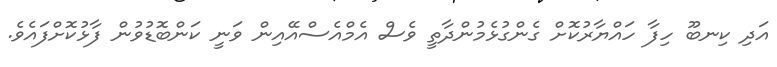
އަދި ކިނބޫ ހިފާ ހައްޔާރުކޮށް ގެންގުޅެމުންދާތީ ވެސް އެމްއެސްއޭއިން ވަނީ ކަންބޮޑުވުން ފާޅުކޮށްފައެވެ.